Lunatic asylums in Bengal annual reports 1899-1911 - 1899-1911
Year: 1899
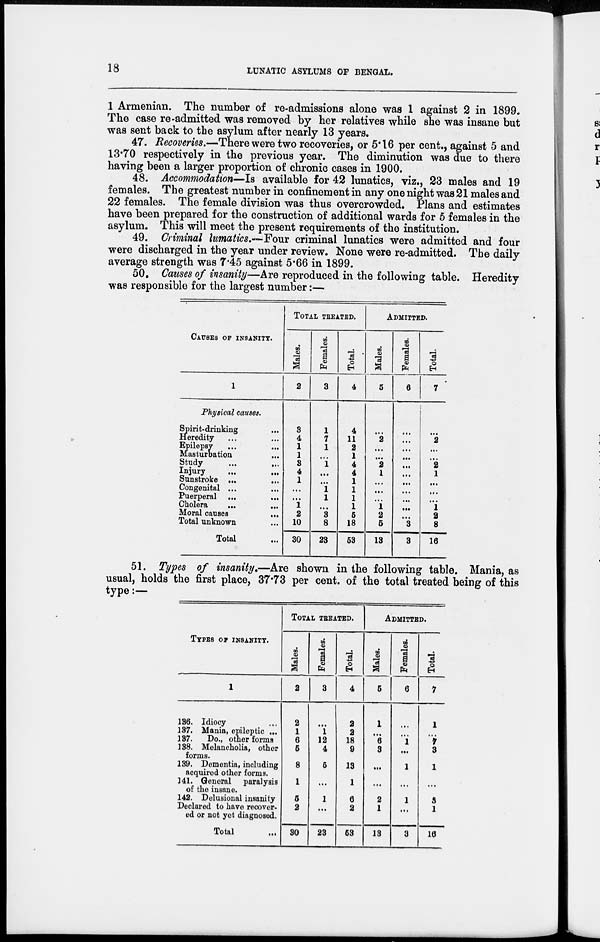
18
LUNATIC ASYLUMS OF BENGAL.
1 Armenian. The number of re-admissions alone was 1 against 2 in 1899.
The case re-admitted was removed by her relatives while she was insane but
was sent back to the asylum after nearly 13 years.
47. Recoveries.—There were two recoveries, or 5.16 per cent., against 5 and
13.70 respectively in the previous year. The diminution was due to there
having been a larger proportion of chronic cases in 1900.
48. Accommodation—Is available for 42 lunatics, viz., 23 males and 19
females. The greatest number in confinement in any one night was 21 males and
22 females. The female division was thus overcrowded. Plans and estimates
have been prepared for the construction of additional wards for 5 females in the
asylum. This will meet the present requirements of the institution.
49. Criminal lunatics.—Four criminal lunatics were admitted and four
were discharged in the year under review. None were re-admitted. The daily
average strength was 7.45 against 5.66 in 1899.
50. Causes of insanity—Are reproduced in the following table. Heredity
was responsible for the largest number:—
CAUSES OF INSANITY.
1
Physical causes.
Spirit-drinking ...
Heredity ... ...
Epilepsy ... ...
Masturbation ...
Study ... ...
Injury ... ...
Sunstroke ...
...
Congenital ... ...
Puerperal ... ...
Cholera
...
...
Moral causes ...
Total unknown ...
Total ...
TOTAL TREATED.
Males.
2
3
4
1
1
3
4
1
...
...
1
2
10
30
Females.
3
1
7
1
...
1
...
...
1
1
...
3
8
23
Total.
4
4
11
2
1
4
4
1
1
1
1
5
18
53
ADMITTED.
Males.
5
...
2
...
...
2
1
...
...
...
1
2
5
13
Females.
6
...
...
...
...
...
...
...
...
...
...
...
3
3
Total.
7
...
2
...
...
2
1
...
...
...
1
2
8
16
51. Types of insanity.—Are shown in the following table. Mania, as
usual, holds the first place, 37.73 per cent. of the total treated being of this
type:—
TYPES OF INSANITY.
1
136. Idiocy ...
137. Mania, epileptic ...
137.
Do., other forms
138. Melancholia, other
forms.
139. Dementia, including
acquired other forms.
141. General paralysis
of the insane.
142. Delusional insanity
Declared to have recover-
ed or not yet diagnosed.
Total ...
TOTAL TREATED.
Males.
2
2
1
6
5
8
1
5
2
30
Females.
3
...
1
12
4
5
...
1
...
23
Total.
4
2
2
18
9
13
1
6
2
53
ADMITTED.
Males.
5
1
...
6
3
...
...
2
1
13
Females.
6
...
...
1
...
1
...
1
...
3
Total.
7
1
...
7
3
1
...
3
1
16